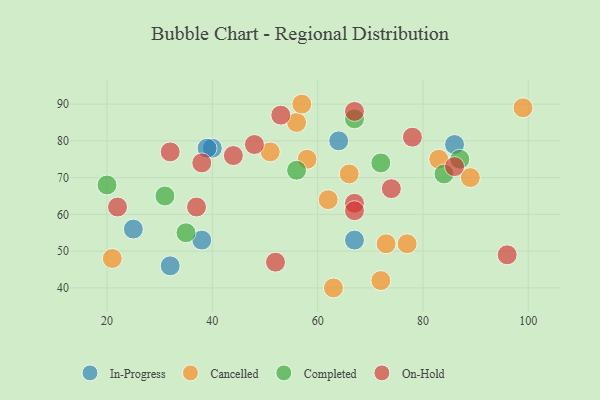
{"axis": {"x": "GDP", "y": "Life Expectancy"}, "legend": ["Cancelled", "Completed", "In-Progress", "On-Hold"], "data": [{"x": "67", "y": 53, "type": "In-Progress"}, {"x": "32", "y": 46, "type": "In-Progress"}, {"x": "64", "y": 80, "type": "In-Progress"}, {"x": "25", "y": 56, "type": "In-Progress"}, {"x": "86", "y": 79, "type": "In-Progress"}, {"x": "40", "y": 78, "type": "In-Progress"}, {"x": "39", "y": 78, "type": "In-Progress"}, {"x": "38", "y": 53, "type": "In-Progress"}, {"x": "83", "y": 75, "type": "Cancelled"}, {"x": "72", "y": 42, "type": "Cancelled"}, {"x": "56", "y": 85, "type": "Cancelled"}, {"x": "62", "y": 64, "type": "Cancelled"}, {"x": "57", "y": 90, "type": "Cancelled"}, {"x": "21", "y": 48, "type": "Cancelled"}, {"x": "99", "y": 89, "type": "Cancelled"}, {"x": "66", "y": 71, "type": "Cancelled"}, {"x": "77", "y": 52, "type": "Cancelled"}, {"x": "51", "y": 77, "type": "Cancelled"}, {"x": "89", "y": 70, "type": "Cancelled"}, {"x": "58", "y": 75, "type": "Cancelled"}, {"x": "63", "y": 40, "type": "Cancelled"}, {"x": "73", "y": 52, "type": "Cancelled"}, {"x": "20", "y": 68, "type": "Completed"}, {"x": "72", "y": 74, "type": "Completed"}, {"x": "56", "y": 72, "type": "Completed"}, {"x": "87", "y": 75, "type": "Completed"}, {"x": "35", "y": 55, "type": "Completed"}, {"x": "31", "y": 65, "type": "Completed"}, {"x": "67", "y": 86, "type": "Completed"}, {"x": "84", "y": 71, "type": "Completed"}, {"x": "52", "y": 47, "type": "On-Hold"}, {"x": "48", "y": 79, "type": "On-Hold"}, {"x": "32", "y": 77, "type": "On-Hold"}, {"x": "86", "y": 73, "type": "On-Hold"}, {"x": "67", "y": 63, "type": "On-Hold"}, {"x": "53", "y": 87, "type": "On-Hold"}, {"x": "74", "y": 67, "type": "On-Hold"}, {"x": "96", "y": 49, "type": "On-Hold"}, {"x": "78", "y": 81, "type": "On-Hold"}, {"x": "22", "y": 62, "type": "On-Hold"}, {"x": "37", "y": 62, "type": "On-Hold"}, {"x": "44", "y": 76, "type": "On-Hold"}, {"x": "38", "y": 74, "type": "On-Hold"}, {"x": "67", "y": 61, "type": "On-Hold"}, {"x": "67", "y": 88, "type": "On-Hold"}]}